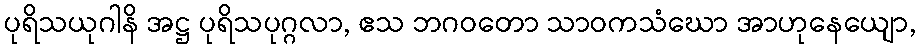
ပုရိသယုဂါနိ အဋ္ဌ ပုရိသပုဂ္ဂလာ, ဧသ ဘဂဝတော သာဝကသံဃော အာဟုနေယျော,